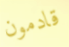
قادمون